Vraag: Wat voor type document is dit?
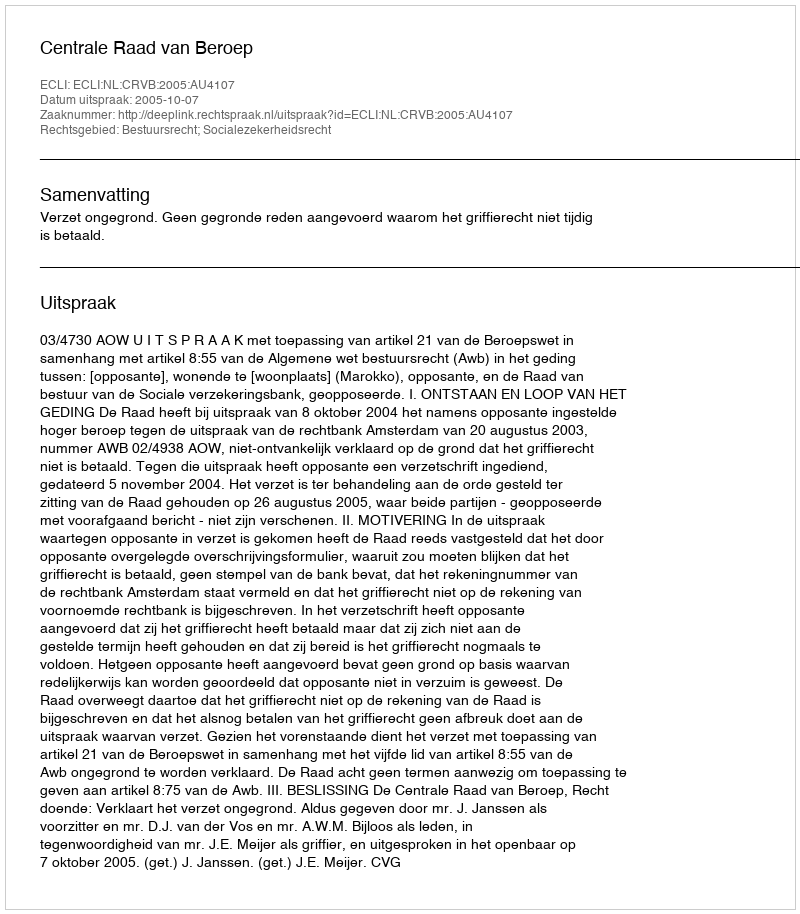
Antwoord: Uitspraak